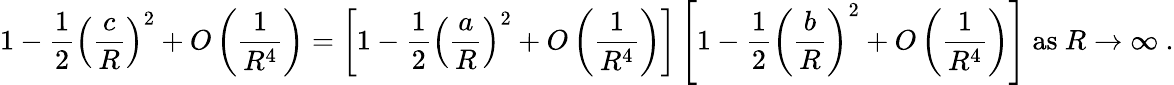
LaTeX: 1-{\frac{1}{2}}\left({\frac{c}{R}}\right)^{2}+O\left({\frac{1}{R^{4}}}\right)=\left[1-{\frac{1}{2}}\left({\frac{a}{R}}\right)^{2}+O\left({\frac{1}{R^{4}}}\right)\right]\left[1-{\frac{1}{2}}\left({\frac{b}{R}}\right)^{2}+O\left({\frac{1}{R^{4}}}\right)\right]{\mathrm{~as~}}R\to\infty\ .